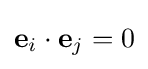
\mathbf {e} _{i}\cdot \mathbf {e} _{j}=0